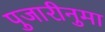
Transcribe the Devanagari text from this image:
पुजारीनुमा